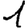
Digit: 1